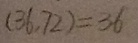
( 3 6 , 7 2 ) = 3 6